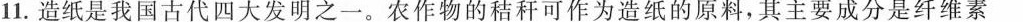
11.造纸是我国古代四大发明之一。农作物的秸秆可作为造纸的原料，其主要成分是纤维素